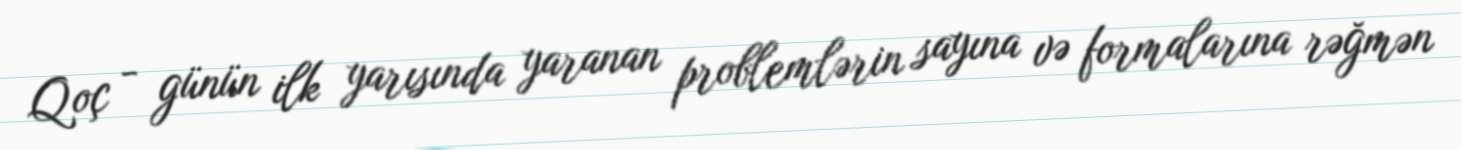
Qoç - günün ilk yarısında yaranan problemlərin sayına və formalarına rəğmən